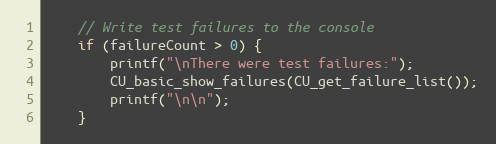
Language: C
    // Write test failures to the console
    if (failureCount > 0) {
        printf("\nThere were test failures:");
        CU_basic_show_failures(CU_get_failure_list());
        printf("\n\n");
    }